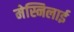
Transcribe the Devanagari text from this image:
मेस्निलाई